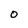
Character: 0